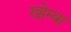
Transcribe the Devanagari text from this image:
खोम्बा